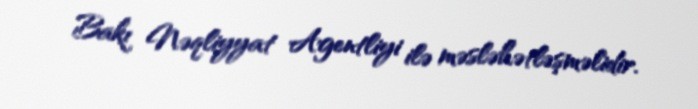
Bakı Nəqliyyat Agentliyi ilə məsləhətləşməlidir.